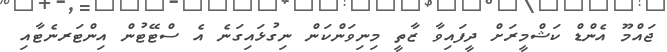
ޖައްމޫ އެންޑް ކަޝްމީރަށް ދީފައިވާ ޒާތީ މިނިވަންކަން ނިގުޅައިގަނެ އެ ސްޓޭޓުން އިންޓަރނެޓާއި